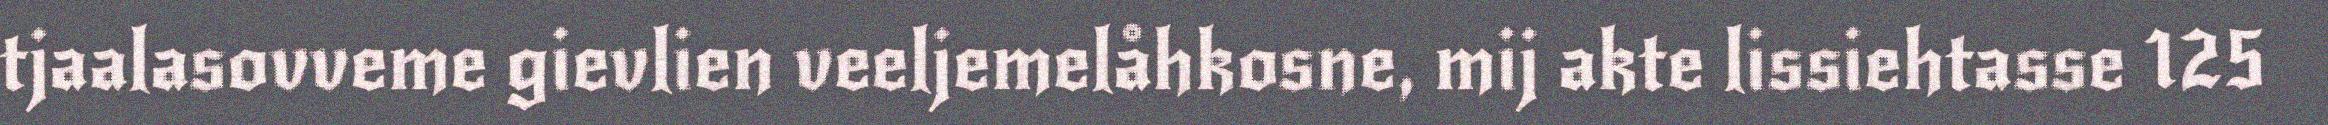
tjaalasovveme gievlien veeljemelåhkosne, mij akte lissiehtasse 125